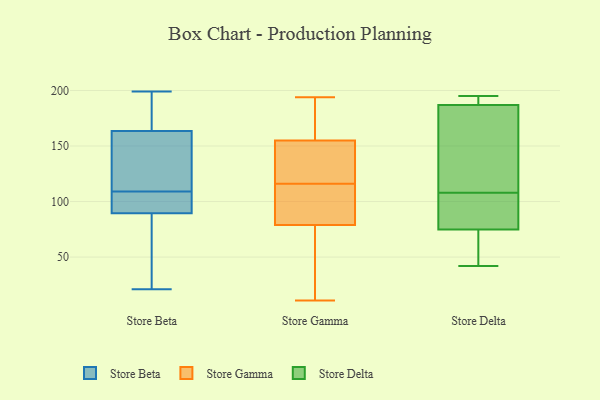
{"axis": {"x": "Tickets Resolved", "y": "Value"}, "legend": ["Store Beta", "Store Delta", "Store Gamma"], "data": [{"x": "", "y": 25, "type": "Store Beta"}, {"x": "", "y": 87, "type": "Store Beta"}, {"x": "", "y": 156, "type": "Store Beta"}, {"x": "", "y": 79, "type": "Store Beta"}, {"x": "", "y": 133, "type": "Store Beta"}, {"x": "", "y": 96, "type": "Store Beta"}, {"x": "", "y": 92, "type": "Store Beta"}, {"x": "", "y": 178, "type": "Store Beta"}, {"x": "", "y": 77, "type": "Store Beta"}, {"x": "", "y": 190, "type": "Store Beta"}, {"x": "", "y": 102, "type": "Store Beta"}, {"x": "", "y": 160, "type": "Store Beta"}, {"x": "", "y": 107, "type": "Store Beta"}, {"x": "", "y": 170, "type": "Store Beta"}, {"x": "", "y": 111, "type": "Store Beta"}, {"x": "", "y": 137, "type": "Store Beta"}, {"x": "", "y": 199, "type": "Store Beta"}, {"x": "", "y": 94, "type": "Store Beta"}, {"x": "", "y": 167, "type": "Store Beta"}, {"x": "", "y": 21, "type": "Store Beta"}, {"x": "", "y": 28, "type": "Store Gamma"}, {"x": "", "y": 113, "type": "Store Gamma"}, {"x": "", "y": 149, "type": "Store Gamma"}, {"x": "", "y": 130, "type": "Store Gamma"}, {"x": "", "y": 160, "type": "Store Gamma"}, {"x": "", "y": 77, "type": "Store Gamma"}, {"x": "", "y": 77, "type": "Store Gamma"}, {"x": "", "y": 81, "type": "Store Gamma"}, {"x": "", "y": 31, "type": "Store Gamma"}, {"x": "", "y": 194, "type": "Store Gamma"}, {"x": "", "y": 148, "type": "Store Gamma"}, {"x": "", "y": 162, "type": "Store Gamma"}, {"x": "", "y": 112, "type": "Store Gamma"}, {"x": "", "y": 107, "type": "Store Gamma"}, {"x": "", "y": 178, "type": "Store Gamma"}, {"x": "", "y": 150, "type": "Store Gamma"}, {"x": "", "y": 11, "type": "Store Gamma"}, {"x": "", "y": 168, "type": "Store Gamma"}, {"x": "", "y": 119, "type": "Store Gamma"}, {"x": "", "y": 87, "type": "Store Gamma"}, {"x": "", "y": 110, "type": "Store Delta"}, {"x": "", "y": 58, "type": "Store Delta"}, {"x": "", "y": 131, "type": "Store Delta"}, {"x": "", "y": 97, "type": "Store Delta"}, {"x": "", "y": 78, "type": "Store Delta"}, {"x": "", "y": 42, "type": "Store Delta"}, {"x": "", "y": 195, "type": "Store Delta"}, {"x": "", "y": 65, "type": "Store Delta"}, {"x": "", "y": 193, "type": "Store Delta"}, {"x": "", "y": 79, "type": "Store Delta"}, {"x": "", "y": 185, "type": "Store Delta"}, {"x": "", "y": 108, "type": "Store Delta"}, {"x": "", "y": 193, "type": "Store Delta"}]}